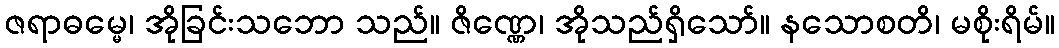
ဇရာဓမ္မေ၊ အိုခြင်းသဘော သည်။ ဇိဏ္ဏေ၊ အိုသည်ရှိသော်။ နသောစတိ၊ မစိုးရိမ်။